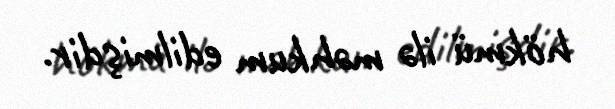
hökmü ilə məhkum edilmişdir.